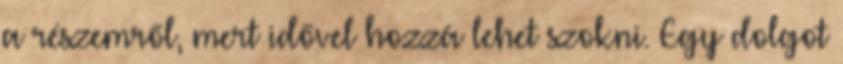
a részemről, mert idővel hozzá lehet szokni. Egy dolgot